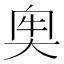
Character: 𡘠